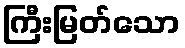
ကြီးမြတ်သော